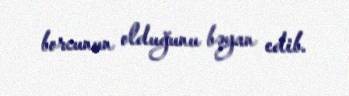
borcunun olduğunu bəyan edib.